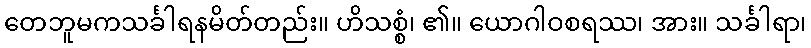
တေဘူမကသင်္ခါရနမိတ်တည်း။ ဟိသစ္စံ၊ ၏။ ယောဂါဝစရဿ၊ အား။ သင်္ခါရာ၊